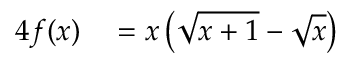
\begin{array} { r l } { { 4 } f ( x ) } & { { } = x \left( { \sqrt { x + 1 } } - { \sqrt { x } } \right) } \end{array}